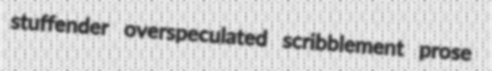
stuffender overspeculated scribblement prose